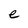
Character: e